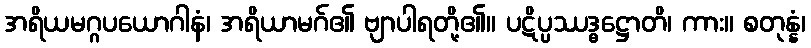
အရိယမဂ္ဂပယောဂါနံ၊ အရိယာမဂ်၏ ဗျာပါရတို့၏။ ပဋိပ္ပဿဒ္ဓဋ္ဌောတိ၊ ကား။ စတုန္နံ၊